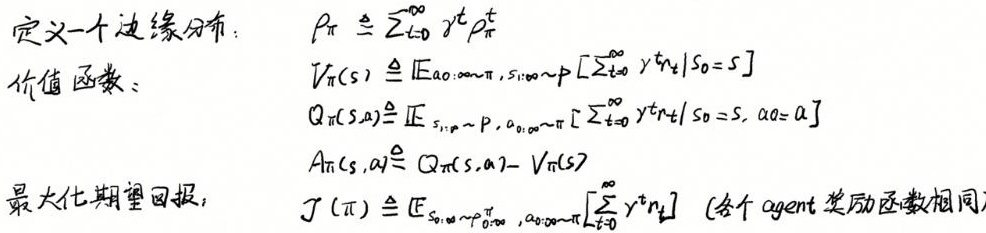
定义一个边缘分布：
\[
\rho_{\pi} \triangleq \sum_{t=0}^{\infty} \gamma^{t} \rho_{\pi}^{t}
\]
价值函数：
\[
\begin{align*}
V_{\pi}(s) &\triangleq \mathbb{E}_{a_{0: \infty} \sim \pi, s_{1: \infty} \sim p}\left[\sum_{t=0}^{\infty} \gamma^{t} r_{t} \mid s_{0}=s\right] \\
Q_{\pi}(s, a) &\triangleq \mathbb{E}_{s_{1: \infty} \sim p, a_{0: \infty} \sim \pi}\left[\sum_{t=0}^{\infty} \gamma^{t} r_{t} \mid s_{0}=s, a_{0}=a\right] \\
A_{\pi}(s, a) &\triangleq Q_{\pi}(s, a)-V_{\pi}(s)
\end{align*}
\]
最大化期望回报：
\[
J(\pi) \triangleq \mathbb{E}_{s_{0: \infty} \sim \rho_{\pi}^{0}, a_{0: \infty} \sim \pi}\left[\sum_{t=0}^{\infty} \gamma^{t} r_{t}\right] \text { (各个 agent 奖励函数相同) }
\]